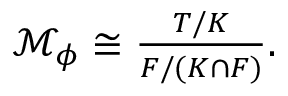
\begin{array} { r } { \mathcal { M } _ { \phi } \cong \frac { T / K } { F / ( K \cap F ) } . } \end{array}